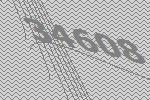
34608